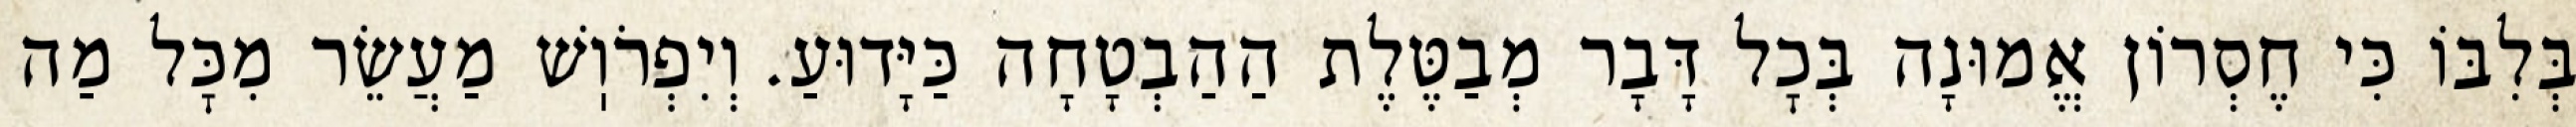
בְּלִבּוֹ כִּי חֶסְרוֹן אֱמוּנָה בְּכׇל דָּבָר מְבַטֶּלֶת הַהַבְטָחָה כַּיָּדוּעַ. וְיִפְרֹוֽשׁ מַעֲשֵׂר מִכׇּל מַה